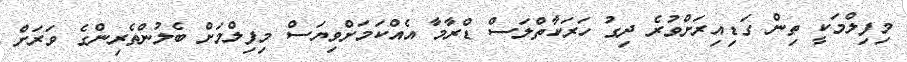
މިފިލްމަކީ ތިން ގަޑިއިރަށްވުރެ ދިގު ހަރަކާތްލަސް ޑްރާމާ އެއްކަމަށްވިޔަސް މިފިލްމަށް ބެލުންތެރިންގެ ވަރަށް